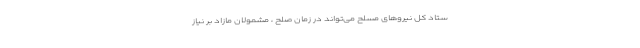
ستاد کل نیروهای مسلح می‌تواند در زمان صلح ، مشمولان مازاد بر نیاز